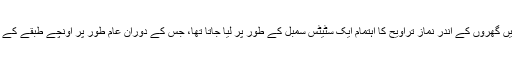
گھروں میں نماز تراویح پڑھنے کا یہ سلسلہ نیا نہیں لیکن ماضی میں گھروں کے اندر نماز تراویح کا اہتمام ایک سٹیٹس سمبل کے طور پر لیا جاتا تھا، جس کے دوران عام طور پر اونچے طبقے کے لوگ کسی حافظ صاحب کو بلا کر تراویح میں قرآن سن لیتے تھے۔